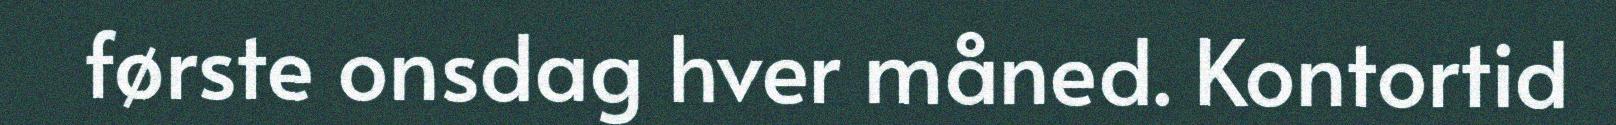
første onsdag hver måned. Kontortid